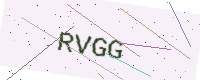
Text: RVGG